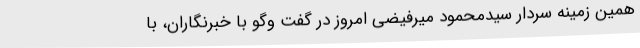
همین زمینه سردار سیدمحمود میرفیضی امروز در گفت وگو با خبرنگاران، با